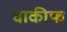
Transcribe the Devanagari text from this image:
वाकीफ